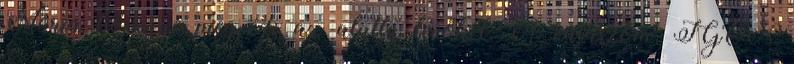
Mária köpenye megvédi az alatta lévőket. A válaszom: IGEN